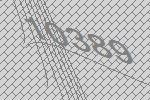
10389